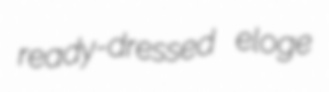
ready-dressed eloge